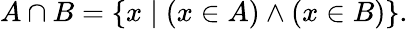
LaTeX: A\cap B=\{ x\mid(x\in A)\land(x\in B)\} .